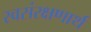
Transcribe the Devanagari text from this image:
स्वसंरक्षणार्थ